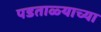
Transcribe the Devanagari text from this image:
पडताळ्याच्या